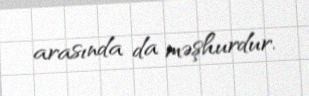
arasında da məşhurdur.